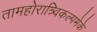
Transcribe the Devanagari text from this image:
तामहोरात्र्विकल्पमेके